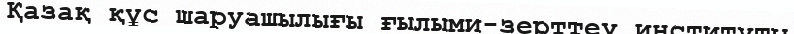
Қазақ құс шаруашылығы ғылыми-зерттеу институты